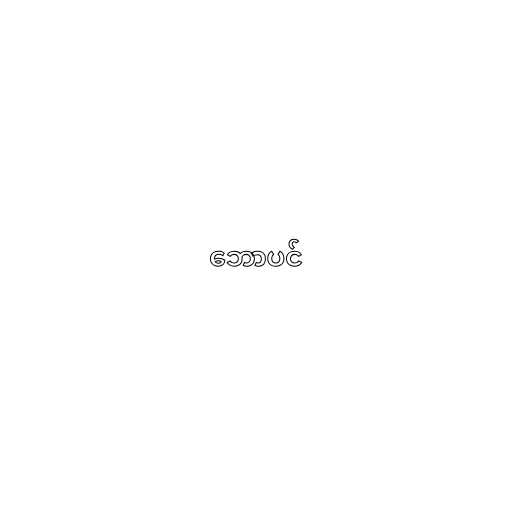
ဘောပင်